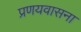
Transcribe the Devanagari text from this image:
प्रणयवासना